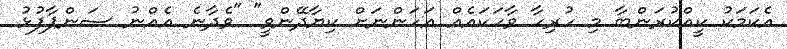
އެކަމަކު ކީއްކުރަންބާ މި ހުރިހާ ވާހަކައެއް އަހަންނަށް ކިޔާދޭންވީ" "ވެދާނެ އެއްނު ސަންޕާފުޅު